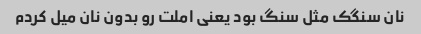
نان سنگک مثل سنگ بود یعنی املت رو بدون نان میل کردم